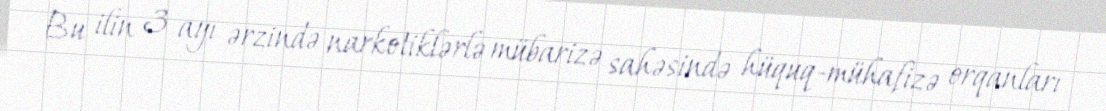
Bu ilin 3 ayı ərzində narkotiklərlə mübarizə sahəsində hüquq-mühafizə orqanları